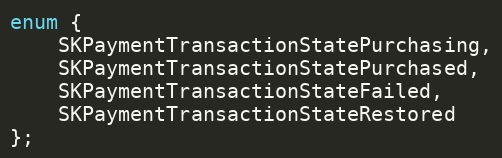
Language: C
enum {
    SKPaymentTransactionStatePurchasing,
    SKPaymentTransactionStatePurchased,
    SKPaymentTransactionStateFailed,
    SKPaymentTransactionStateRestored
};